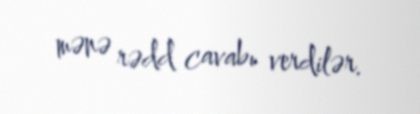
mənə rədd cavabı verdilər.